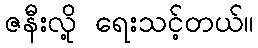
ဇနီးလို့ ရေးသင့်တယ်။